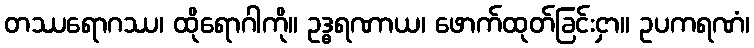
တဿရောဂဿ၊ ထိုရောဂါကို။ ဥဒ္ဓရဏာယ၊ ဖောက်ထုတ်ခြင်းငှာ။ ဥပကရဏံ၊